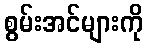
စွမ်းအင်များကို